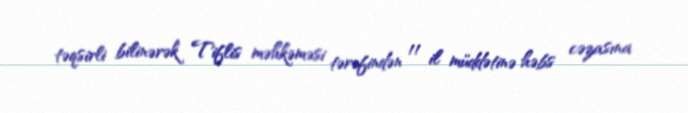
təqsirli bilinərək Tiflis məhkəməsi tərəfindən 11 il müddətinə həbs cəzasına